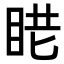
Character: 𥆈